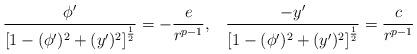
LaTeX: \begin{align*}\frac {\phi^{\prime}}{\left[1-(\phi^{\prime})^2+(y^{\prime})^2\right]^{\frac{1}{2}}}=-\frac{e}{r^{p-1}},\;\;\;\frac{-y^{\prime}}{\left[1-(\phi^{\prime})^2+(y^{\prime})^2\right]^{\frac{1}{2}}}=\frac{c}{r^{p-1}}\end{align*}